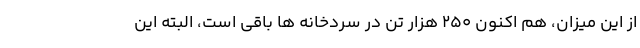
از این میزان، هم اکنون ۲۵۰ هزار تن در سردخانه ها باقی است، البته این